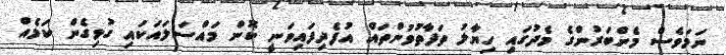
ނަމަވެސް މެންބަރުންގެ މެދުގައި ހިޔާލު ތަފާތުވުންތައް އުފެދިފައިވަނީ ކޮން މައްސަލައަކައި ގުޅިގެން ކަމެއް